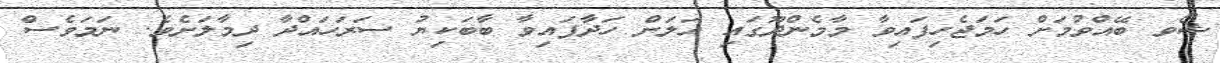
ޝޯވ ބޭއްވުމަށް ހަމަޖެހިފައިވާ މާމެންދޫގައި އަލަށް ހަދާފައިވާ ބާބަކިޔު ސަރަހައްދާ ދިމާލަށެވެ. ނަމަވެސް